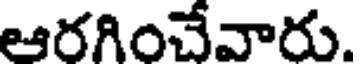
ఆరగించేవారు.